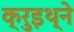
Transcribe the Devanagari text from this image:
क्रुइथ्ने